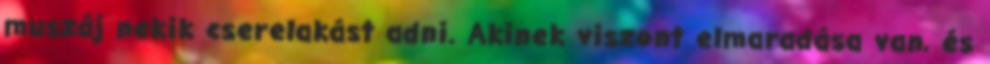
muszáj nekik cserelakást adni. Akinek viszont elmaradása van, és